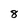
Character: 8